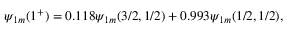
\psi _ { 1 m } ( 1 ^ { + } ) = 0 . 1 1 8 \psi _ { 1 m } ( 3 / 2 , 1 / 2 ) + 0 . 9 9 3 \psi _ { 1 m } ( 1 / 2 , 1 / 2 ) ,